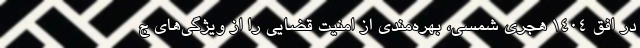
در افق ۱۴۰۴ هجری شمسی، بهره‌مندی از امنیت قضایی را از ویژگی‌های ج